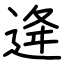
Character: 逄